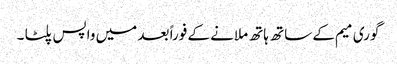
گوری میم کے ساتھ ہاتھ ملانے کے فوراً بعد میں واپس پلٹا ۔